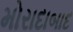
મોરાદાબાદ